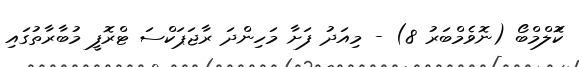
ކޮަލްމްބޯ (ނޮވެމްބަރު 8) - މިއަދު ފަށާ މަހިންދަ ރާޖަޕަކްސަ ޓްރޮފީ މުބާރާތުގައި